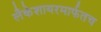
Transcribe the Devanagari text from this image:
लँकेशायरमार्फतच